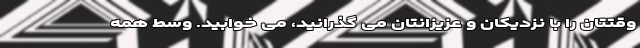
وقتتان را با نزدیکان و عزیزانتان می‌ گذرانید، می ‌خوابید. وسط همه